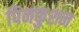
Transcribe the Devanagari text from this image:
पिनकुशन